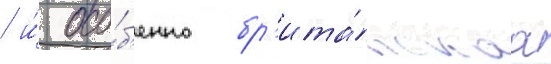
/ и́ осо́б'енно бр'ита́нскаа